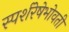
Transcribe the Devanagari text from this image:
स्पर्शरेषेभोवती